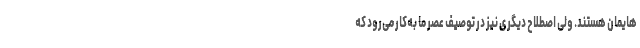
هایمان هستند. ولی اصطلاح دیگری نیز در توصیف عصر ما به‌کار می‌رود که